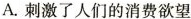
A.刺激了人们的消费欲望